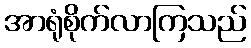
အာရုံစိုက်လာကြသည်